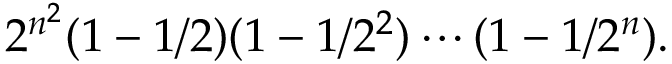
2 ^ { n ^ { 2 } } ( 1 - 1 / 2 ) ( 1 - 1 / 2 ^ { 2 } ) \cdots ( 1 - 1 / 2 ^ { n } ) .